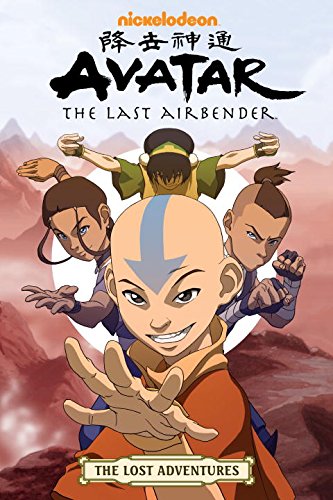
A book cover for Avatar: The Last Airbender - The Lost Adventures; Aaron Ehasz; Comics & Graphic Novels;